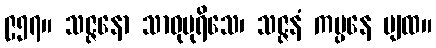
၉၅၇။ သဇ္ဇနော သာဓုပုရိသေ၊ သဇ္ဇနံ ကပ္ပနေ ပျထ။